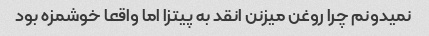
نمیدونم چرا روغن میزنن انقد به پیتزا اما واقعا خوشمزه بود